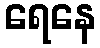
ရေနေ